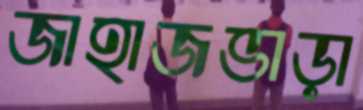
জাহাজভাড়া